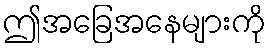
ဤအခြေအနေများကို